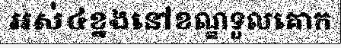
អស់៤ខ្នងនៅខណ្ឌទួលគោក